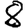
Digit: 8